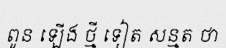
ពូន ឡើង ថ្មី ទៀត សន្មត ថា